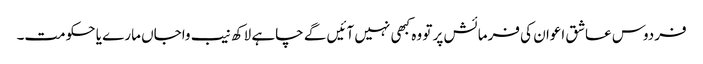
فردوس عاشق اعوان کی فرمائش پر تو وہ کبھی نہیں آئیں گے چاہے لاکھ نیب واجاں مارے یا حکومت۔